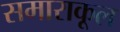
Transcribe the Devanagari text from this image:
समाराकूल